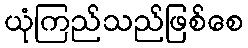
ယုံကြည်သည်ဖြစ်စေ